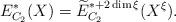
LaTeX: \begin{align*}E_{C_2}^*(X) = \widetilde{E}_{C_2}^{*+2\dim \xi}(X^\xi).\end{align*}